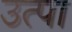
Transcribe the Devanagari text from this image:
उत्पा